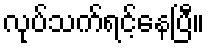
လုပ်သက်ရင့်နေပြီ။